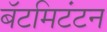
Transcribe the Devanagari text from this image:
बॅटमिटंटन